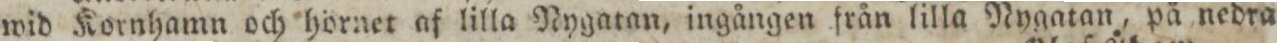
wid Kornhamn och hörnet af lilla Nygatan, ingången från lilla Nygatan, på nedra